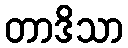
တာဒိသာ